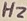
Text: Hz